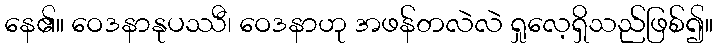
နေ၏။ ဝေဒနာနုပဿီ၊ ဝေဒနာဟု အဖန်တလဲလဲ ရှုလေ့ရှိသည်ဖြစ်၍။